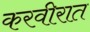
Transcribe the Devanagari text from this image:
करवीरात